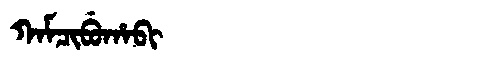
Manchu: ᡴᠠᠮᠴᡳᠪᡠᡥᠠᠪᡳ
Romanization: KAMCIBUHABI